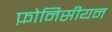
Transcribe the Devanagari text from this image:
फ़ोनिसीयन